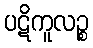
ပဋိကူလဉ္စ